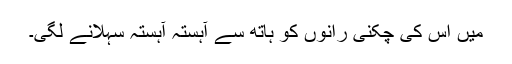
میں اس کی چکنی رانوں کو ہاتھ سے آہستہ آہستہ سہلانے لگی۔